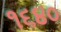
૧૬૪૦